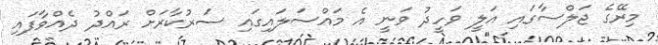
މިރޭގެ ޖަލްސާގައި އަލީ ވަހީދު ވަނީ އެ މައްސަލައިގައި ސަރުކާރަށް ރައްދު ދެއްވާފައި